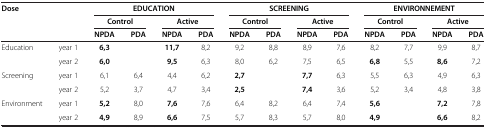
| <COLSPAN=2> Dose | <COLSPAN=4> EDUCATION | <COLSPAN=4> SCREENING | <COLSPAN=4> ENVIRONNEMENT |
 |  |  | <COLSPAN=2> Control | <COLSPAN=2> Active | <COLSPAN=2> Control | <COLSPAN=2> Active | <COLSPAN=2> Control | <COLSPAN=2> Active |
 |  |  | NPDA | PDA | NPDA | PDA | NPDA | PDA | NPDA | PDA | NPDA | PDA | NPDA | PDA |
 | --- | --- | --- | --- | --- | --- | --- | --- | --- | --- | --- | --- | --- | --- |
 | Education | year 1 | 6,3 |  | 11,7 | 8,2 | 9,2 | 8,8 | 8,9 | 7,6 | 8,2 | 7,7 | 9,9 | 8,7 |
 |  | year 2 | 6,0 |  | 9,5 | 6,3 | 8,0 | 6,2 | 7,5 | 6,5 | 6,8 | 5,5 | 8,6 | 7,2 |
 | Screening | year 1 | 6,1 | 6,4 | 4,4 | 6,2 | 2,7 |  | 7,7 | 6,3 | 5,5 | 6,3 | 4,9 | 6,3 |
 |  | year 2 | 5,2 | 3,7 | 4,7 | 3,4 | 2,5 |  | 7,4 | 3,6 | 5,2 | 3,4 | 4,8 | 3,8 |
 | Environment | year 1 | 5,2 | 8,0 | 7,6 | 7,6 | 6,4 | 8,2 | 6,4 | 7,4 | 5,6 |  | 7,2 | 7,8 |
 |  | year 2 | 4,9 | 8,9 | 6,6 | 7,5 | 5,7 | 8,3 | 5,7 | 8,0 | 4,9 |  | 6,6 | 8,2 |